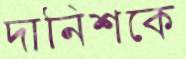
দানিশকে